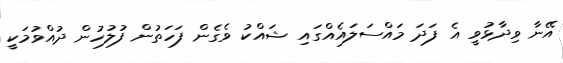
އޭނާ ވިދާޅުވީ އެ ފަދަ މައްސަލައެއްގައި ޝައްކު ވެގެން ފަހަތުން ފުލުހުން ދުއްވުމަކީ